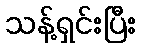
သန့်ရှင်းပြီး